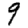
Digit: 9